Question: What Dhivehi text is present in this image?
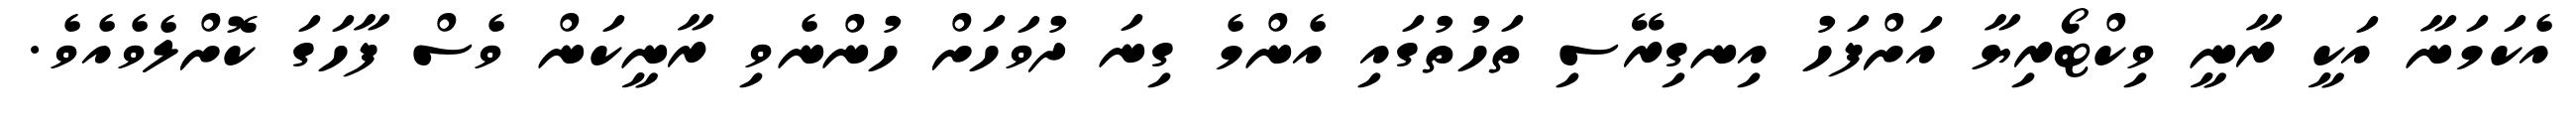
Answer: އެކަމަނާ އަކީ ރާނީ ވިކްޓޯރިޔާ އަށްފަހު އިނގިރޭސި ތަހުތުގައި އެންމެ ގިނަ ދުވަހަށް ހުންނެވި ރާނީކަން ވެސް ފާހަގަ ކޮށްލެވެއެވެ.